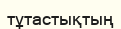
тұтастықтың